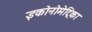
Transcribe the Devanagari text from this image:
इकोनोमेट्रिका